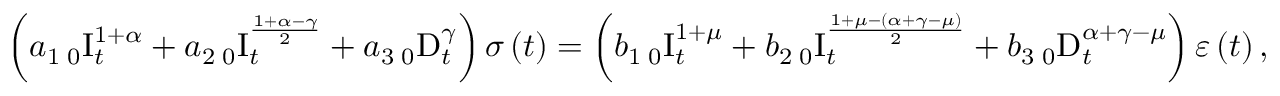
\left( a _ { 1 } \, _ { 0 } \mathrm { I } _ { t } ^ { 1 + \alpha } + a _ { 2 } \, _ { 0 } \mathrm { I } _ { t } ^ { \frac { 1 + \alpha - \gamma } { 2 } } + a _ { 3 } \, _ { 0 } \mathrm { D } _ { t } ^ { \gamma } \right) \sigma \left( t \right) = \left( b _ { 1 } \, _ { 0 } \mathrm { I } _ { t } ^ { 1 + \mu } + b _ { 2 } \, _ { 0 } \mathrm { I } _ { t } ^ { \frac { 1 + \mu - \left( \alpha + \gamma - \mu \right) } { 2 } } + b _ { 3 } \, _ { 0 } \mathrm { D } _ { t } ^ { \alpha + \gamma - \mu } \right) \varepsilon \left( t \right) ,